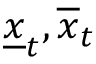
\underline { { x } } _ { t } , \overline { { x } } _ { t }